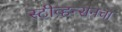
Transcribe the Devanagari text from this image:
स्टीव्हन्सनचा